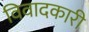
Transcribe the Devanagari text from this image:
विवादकारी